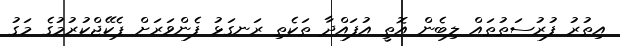
އިތުރު ފުރުސަތުތައް ލިބެން އޮތީ އުފައްދާ ތަކެތި ރަނގަޅު ފެންވަރަށް ޕެކޭޖްކުރުމުގެ މަގު